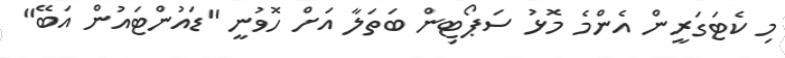
މި ކެޓަގަރީން އެންމެ މޮޅު ސަޕޯޓިން ބަތަލާ އަށް ހޮވުނީ "ޑައުންޓައުން އަބޭ"